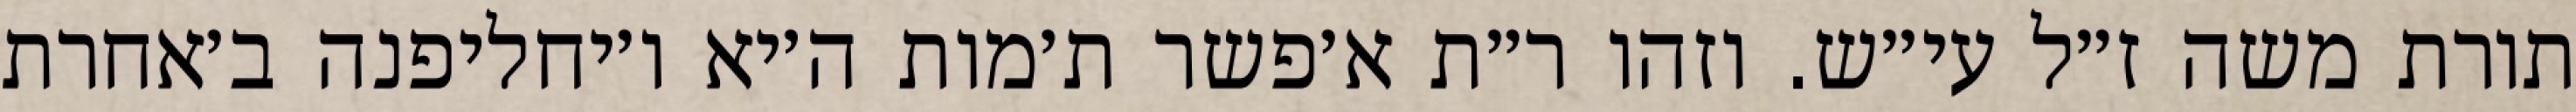
תורת משה ז״ל עי״ש. וזהו ר״ת א׳פשר ת׳מות ה׳יא ו׳יחליפנה ב׳אחרת